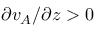
\partial v _ { A } / \partial z > 0